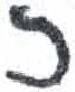
אות: ז